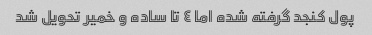
پول کنجد گرفته شده اما ٤ تا ساده و خمیر تحویل شد